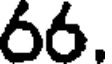
66.